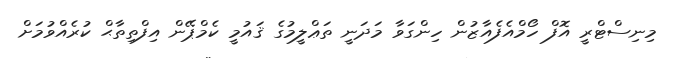
މިނިސްޓްރީ އޮފް ހޯމްއެފެއާޒުން ހިންގަވާ މަދަނީ ތަޢްލީމުގެ ޤައުމީ ކެމްޕޭން އިފްތިތާޙް ކުރެއްވުމަށް